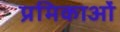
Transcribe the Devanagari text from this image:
प्रमिकाओं